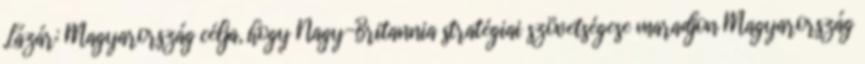
Lázár: Magyarország célja, hogy Nagy-Britannia stratégiai szövetségese maradjon Magyarország